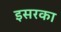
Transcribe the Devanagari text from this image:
इसरका